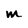
Character: M